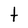
Character: t